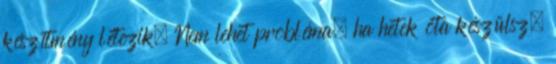
készítmény létezik. Nem lehet probléma, ha hetek óta készülsz,